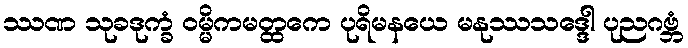
ဿဏ သုခဒုက္ခံ ဝမ္မိကမတ္ထကေ ပုရိမနယေ မနုဿသဒ္ဒေါ ပုညဂဗ္ဘံ